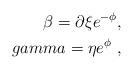
LaTeX: \begin{align*}\beta=\partial \xi e^{-\phi}, \\gamma=\eta e^{\phi} \ ,\end{align*}